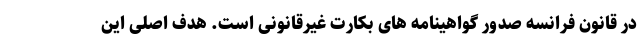
در قانون فرانسه صدور گواهینامه های بکارت غیرقانونی است. هدف اصلی این